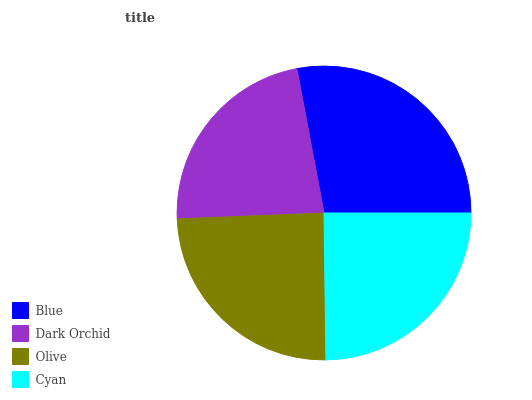
| Blue | Dark Orchid | Olive | Cyan |
 | --- | --- | --- | --- |
 | 28% | 22.7% | 24.5% | 24.8% |